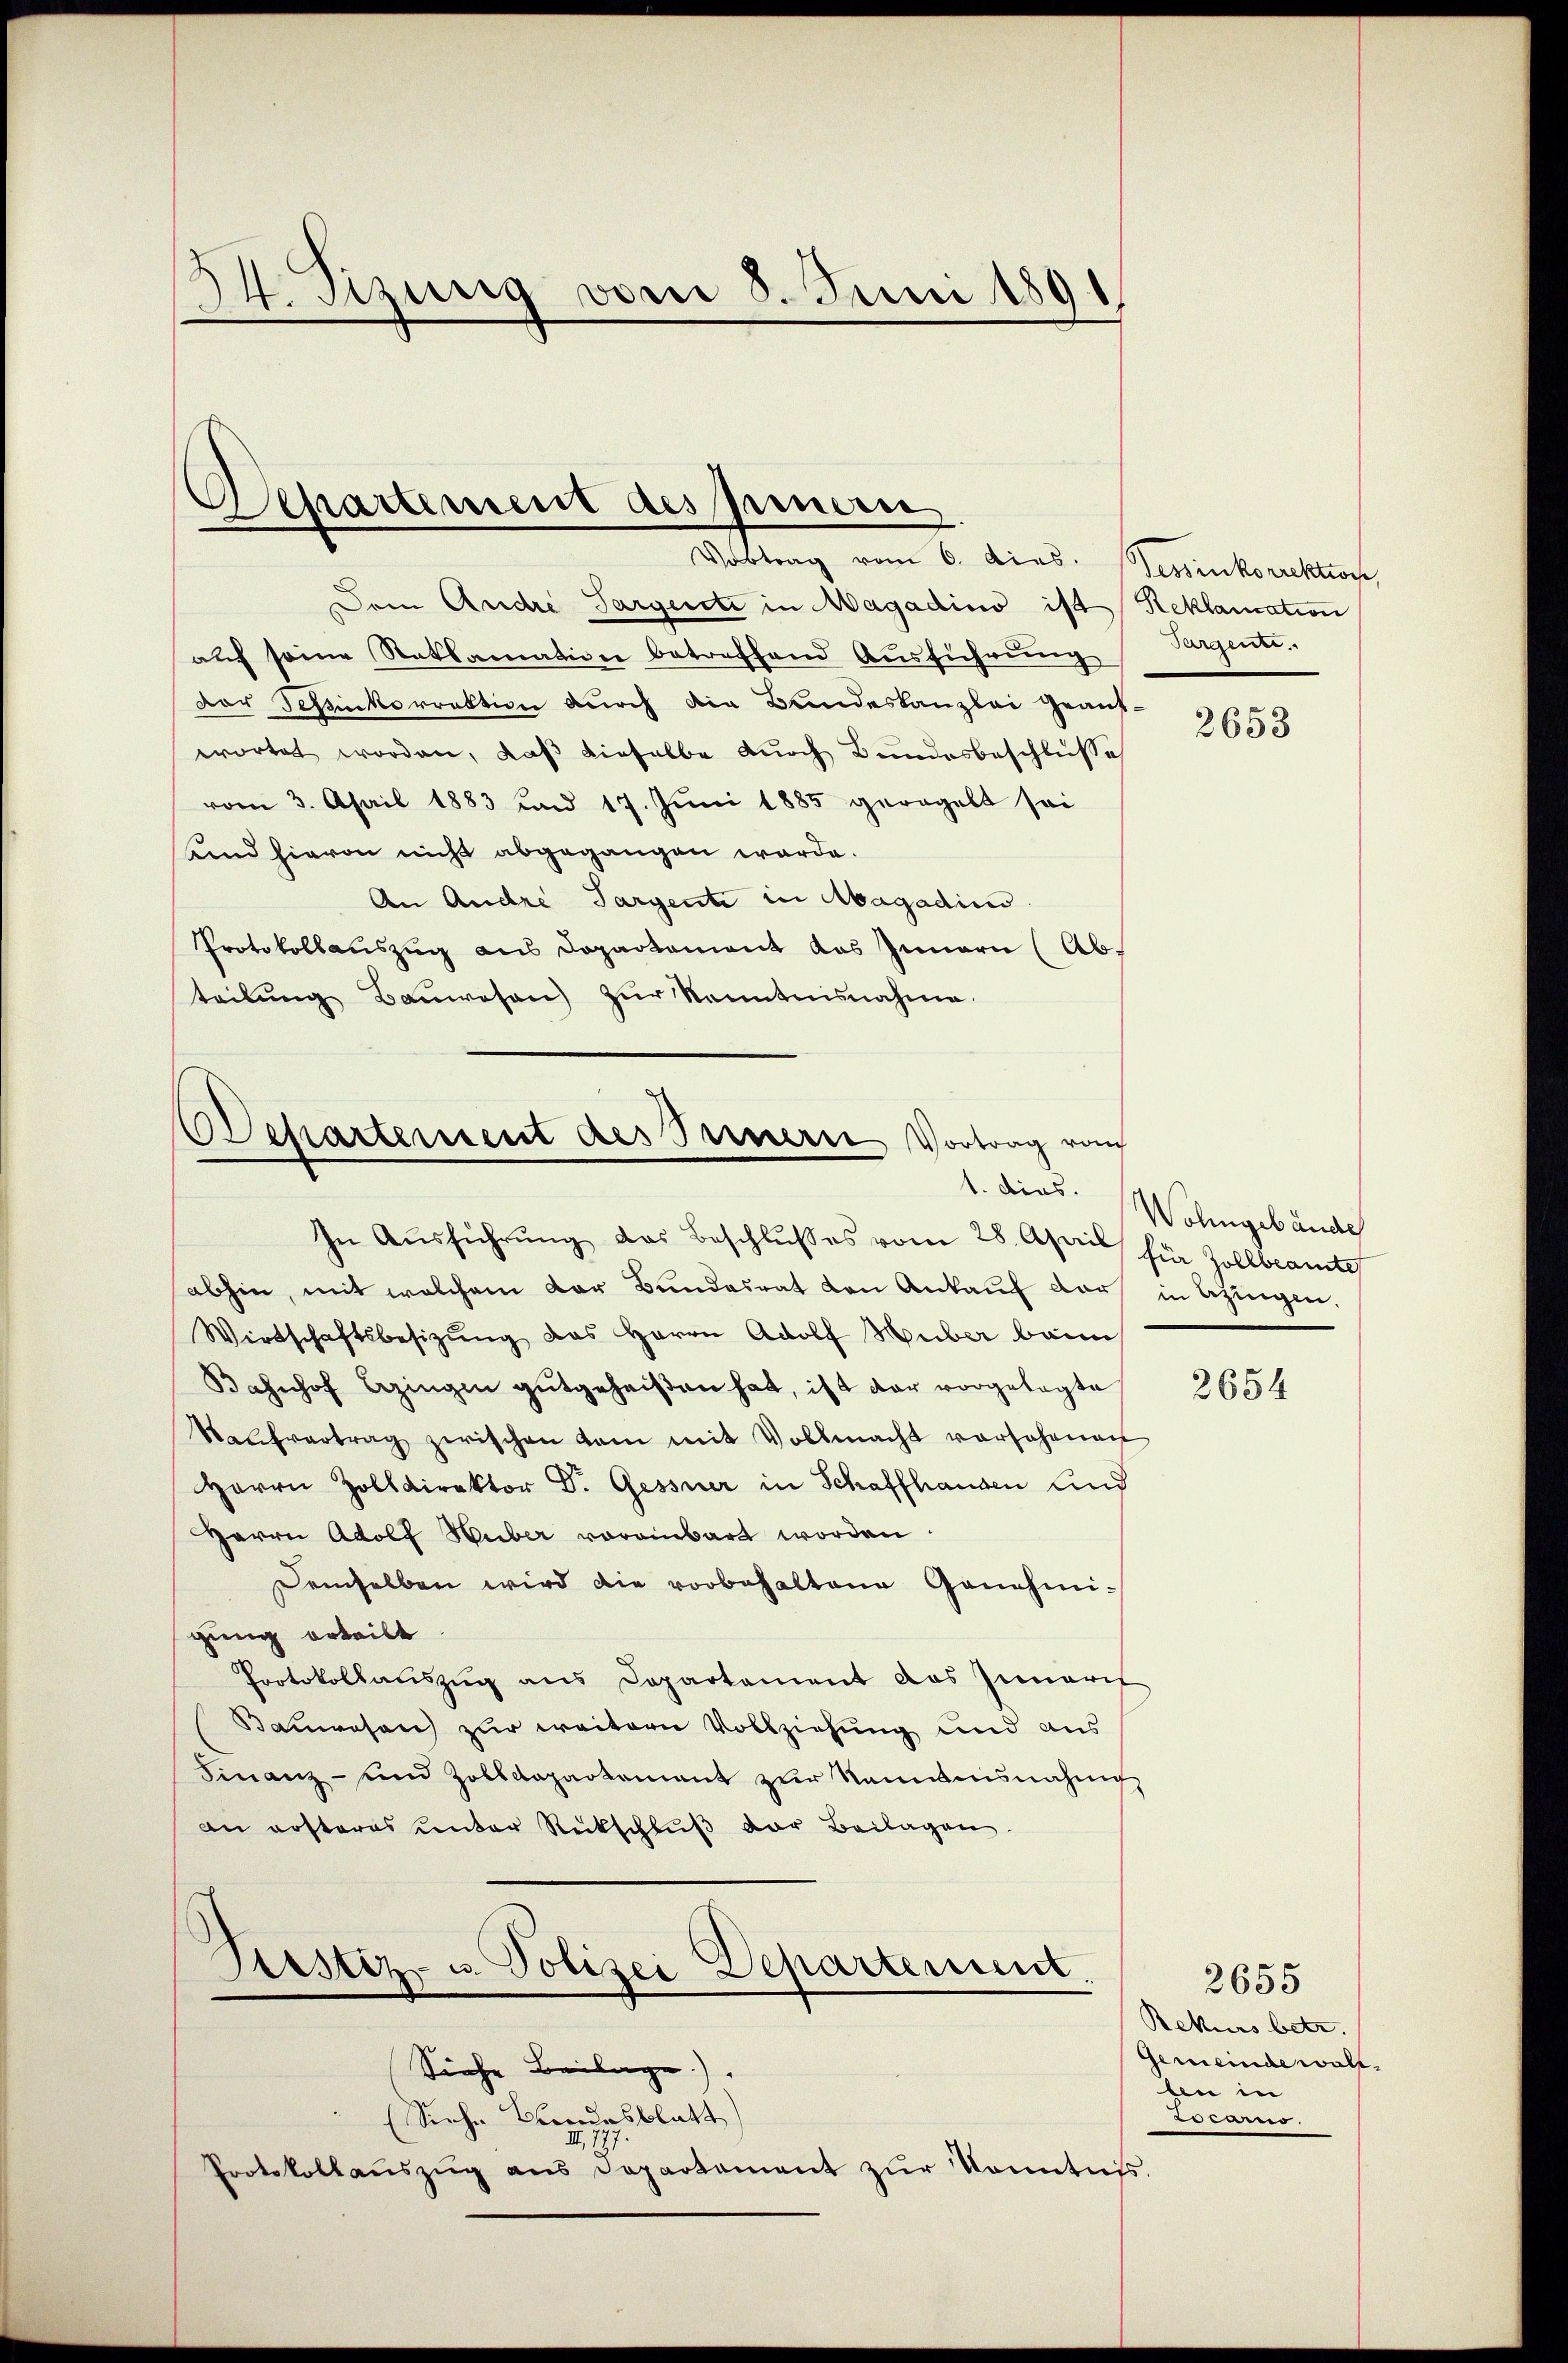
24. Sizung vom 8. Juni 1891

Separtement des Innern
Vortrag vom 6. dies. Tessinkorrektion,

Dem Andre Pargeste in Magadino ist Reklamation
auf seine Rathamation betreffend Ausführung
Der Schinkorrektion durch die Bundeskanzlei geant-
wortet worden, daß dieselbe durch Bundesbeschlüsse
vom 3. April 1883 und 17. Juni 1885 geregelt sei
und hievon nicht abgegangen werde.
An Andre Sargenti in Magadin
Protokollauszug aus Dopartament das Innern (Abteilŭng Bauwesen zur Kenntnisnahme.

chartement des Innern Vortrag von
1. dies.
In Aŭsführŭng das Beschlŭsses vom 28. April für Zollbeamte

abhin, mit welchem der Bundesrat von Ankauf der in Bezingen,
Wirtschaftsbesitzŭng das Herrn Adolf Huber baim
Bahnhof bezingen gutgeheißen hat, ist dar vorgelegte
Walchvertrag zwischen kam mit Vollmacht vorsehenen
Herrn Zolldirektor Dr. Gessner in Schaffhausen und
Herrn Adolf Huber voreinbart worden
Demselben wird die vorbehaltene Genehmi-
gung erteilt
Protokollauszug aus Departement das Innerif
Bauwesen zur weitern Vollziehung und aus
Finanz- und Zolldepartement zŭr Kenntnisnahme
an ersteres ŭnter Rückschlŭβ der Beilagen

Arstiz- u. Polizei Departement.

Siehe Beilage).
(Siehe Bundesblatt
27.
Protokollaŭszŭg ans Departament zŭr Kenntnis.

Targener

2653

Wohngebäude

2654

Rekurs betr.
Gemeinde walt.
ben in
.

2655